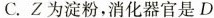
C.Z为淀粉，消化器官是D